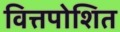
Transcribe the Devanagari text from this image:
वित्तपोशित